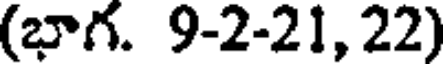
(భాగ. 9-2-21, 22)